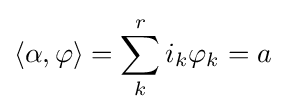
\langle \alpha ,\varphi \rangle =\sum _{k}^{r}i_{k}\varphi _{k}=a